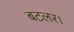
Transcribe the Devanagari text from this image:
बटलर।